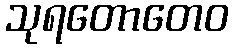
သုရတောတေဝ